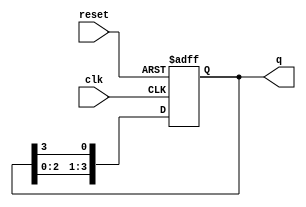
module ring_counter (
    input wire clk,        // Clock signal
    input wire reset,      // Asynchronous reset signal
    output reg [3:0] q     // 4-bit output
);

// Always block triggered on the rising edge of the clock or on reset
always @(posedge clk or posedge reset) begin
    if (reset) begin
        // Initialize the counter to 1000 on reset
        q <= 4'b1000;
    end else begin
        // Shift the '1' bit to the right
        q <= {q[2:0], q[3]};
    end
end

endmodule